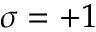
\sigma = + 1